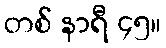
တစ် နာရီ ၄၅။